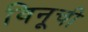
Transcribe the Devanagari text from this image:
विनूची